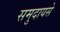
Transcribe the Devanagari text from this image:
समुदायसे